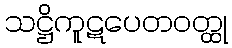
သဋ္ဌိကူဋပေတဝတ္ထု